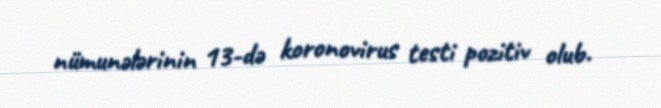
nümunələrinin 13-də koronovirus testi pozitiv olub.